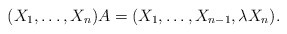
\begin{align*}(X_1,\dots,X_n)A=(X_1,\dots,X_{n-1},\lambda X_n).\end{align*}